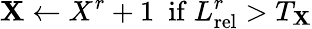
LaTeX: \mathbf{X}\leftarrow X^{r}+1\ \ \mathrm{if}\ L_{\mathrm{rel}}^{r}>T_{\mathbf{X}}